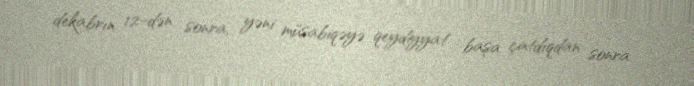
dekabrın 12-dən sonra, yəni müsabiqəyə qeydiyyat başa çatdıqdan sonra